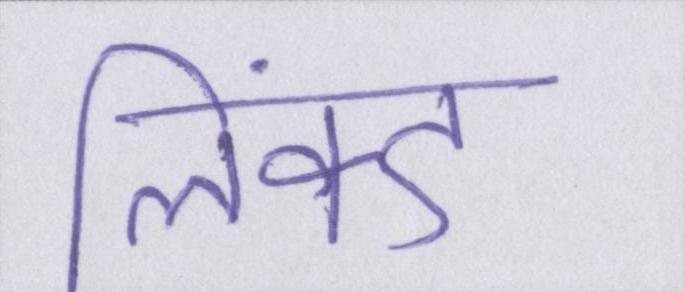
लिंक्ड